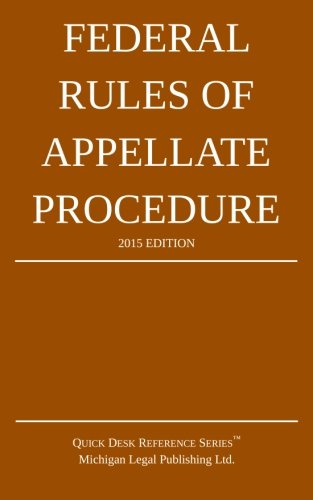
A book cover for Federal Rules of Appellate Procedure: 2015 Edition; Michigan Legal Publishing Ltd.; Law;